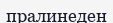
пралинеден